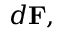
d \mathbf { F } ,